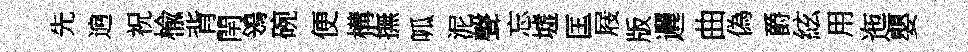
先逈祝楡背閈鴒碗便構撫呱泥聲忘墟匡屐版邐曲偽爵絃用迤嬰